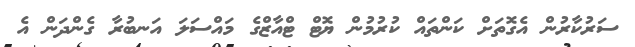
ސަރުކާރުން އެގޮތަށް ކަންތައް ކުރުމުން ޔޮޓް ޓްއާޒްގެ މައްސަލަ އަނބުރާ ގެންދަން އެ